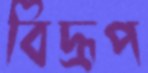
বিদ্রূপ